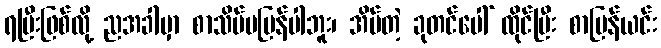
ရပြီးဖြစ်လို့ ညအခါမှာ စာသိပ်မပြန်ပါဘူး၊ အိပ်တဲ့ ခုတင်ပေါ် ထိုင်ပြီး စာပြန်ယင်း